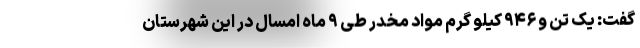
گفت: یک تن و ۹۴۶ کیلو گرم مواد مخدر طی ۹ ماه امسال در این شهرستان